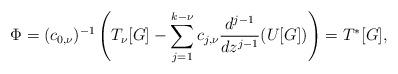
LaTeX: \begin{align*}\Phi = (c_{0, \nu})^{-1} \left( T_\nu[G] - \sum_{j=1}^{k-\nu} c_{j, \nu} \frac{d^{j-1}}{dz^{j-1}}(U[G])\right) = T^*[G] ,\end{align*}